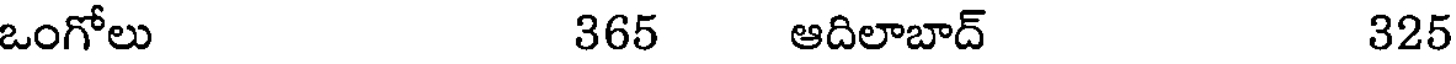
ఒంగోలు 365 ఆదిలాబాద్ 325